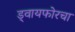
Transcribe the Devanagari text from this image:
ड्वायफोरचा